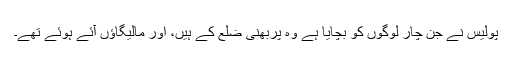
پولیس نے جن چار لوگوں کو بچایا ہے وہ پربھنی ضلع کے ہیں، اور مالیگاؤں آئے ہوئے تھے۔